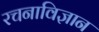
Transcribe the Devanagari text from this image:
रचनाविज्ञान